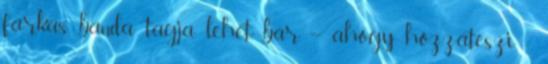
farkas banda tagja lehet, bár – ahogy hozzáteszi -